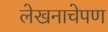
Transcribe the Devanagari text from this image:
लेखनाचेपण